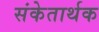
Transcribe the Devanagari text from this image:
संकेतार्थक